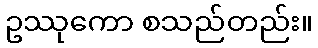
ဥဿုကော စသည်တည်း။